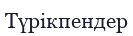
Түрікпендер